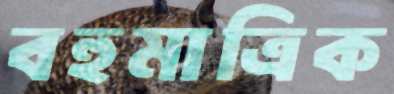
বহুমাত্রিক